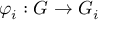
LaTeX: \varphi _ { i } : G \rightarrow G _ { i }